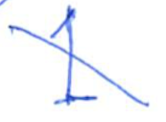
Text: 1
Cross-out: diagonal
Writing tool: ballpoint